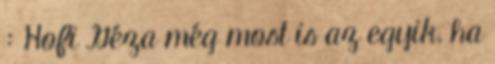
: Hofi Géza még most is az egyik, ha